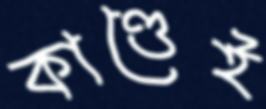
কাণ্ডেই